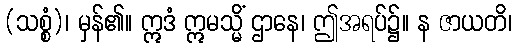
(သစ္စံ)၊ မှန်၏။ ဣဒံ ဣမသ္မိံ ဌာနေ၊ ဤအရပ်၌။ န ဇာယတိ၊